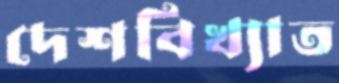
দেশবিখ্যাত